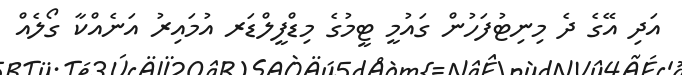
އަދި އޭގެ ދެ މިނިޓުފަހުން ގައުމީ ޓީމުގެ މިޑްފީލްޑަރ އުމައިރު އަނެއްކާ ގޯލެއް